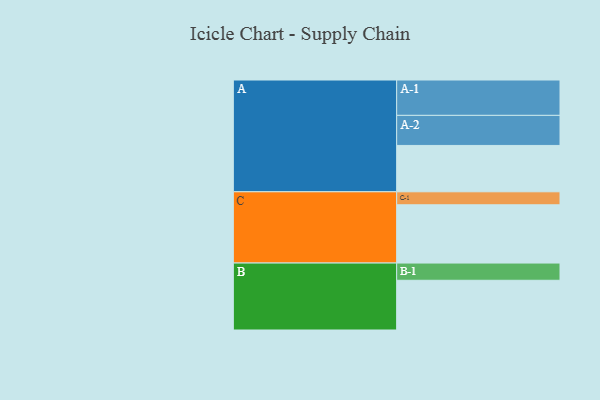
{"axis": {"x": "Segment", "y": "Value"}, "legend": ["", "A", "B", "C"], "data": [{"x": "A", "y": 342, "type": ""}, {"x": "B", "y": 367, "type": ""}, {"x": "C", "y": 430, "type": ""}, {"x": "A-1", "y": 261, "type": "A"}, {"x": "A-2", "y": 222, "type": "A"}, {"x": "B-1", "y": 127, "type": "B"}, {"x": "C-1", "y": 96, "type": "C"}]}